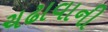
ચઢાવાની